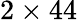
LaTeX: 2\times 44